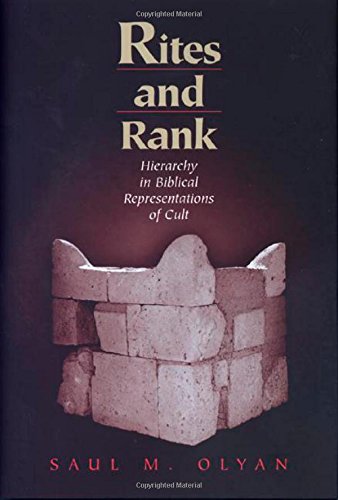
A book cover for Rites and Rank; Saul M. Olyan; Religion & Spirituality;